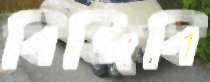
বিজিবি